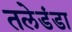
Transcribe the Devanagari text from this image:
तलेडंडा